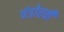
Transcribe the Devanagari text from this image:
पंडोरवी